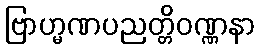
ဗြာဟ္မဏပညတ္တိဝဏ္ဏနာ